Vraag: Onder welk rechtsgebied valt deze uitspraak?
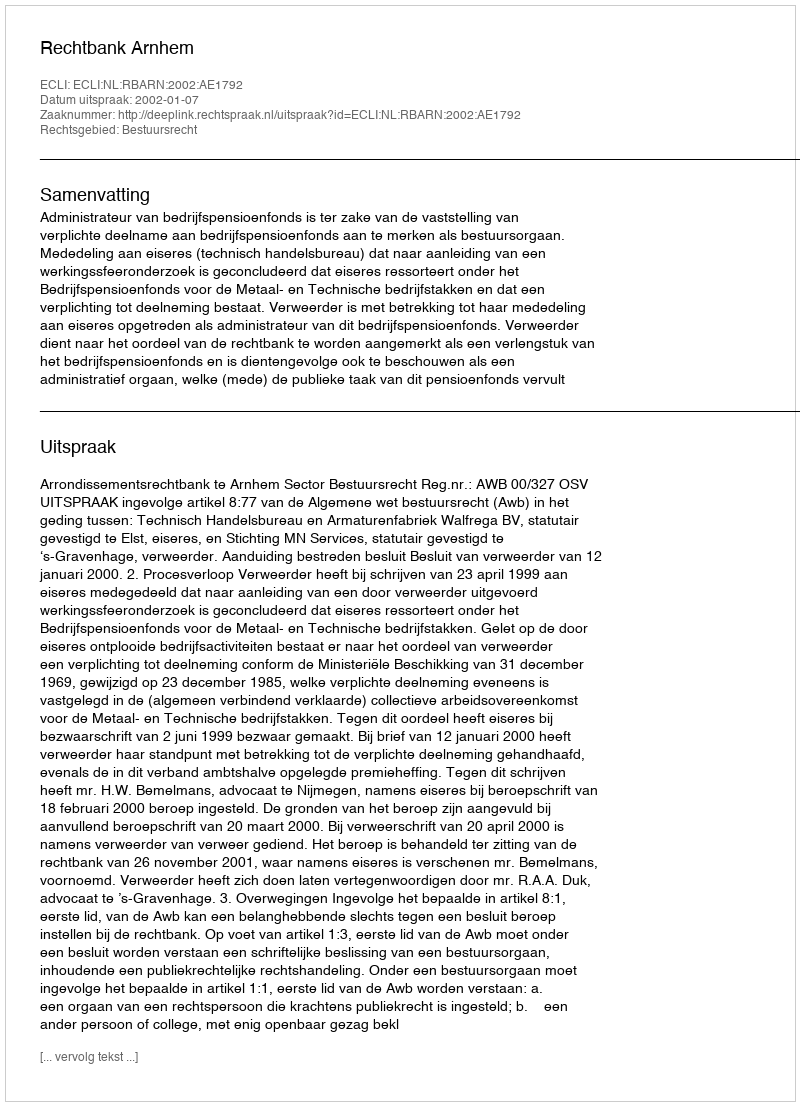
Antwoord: Bestuursrecht